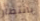
بانتظار